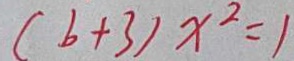
( b + 3 ) x ^ { 2 } = 1